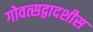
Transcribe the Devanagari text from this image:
गोवत्सद्वादशीस